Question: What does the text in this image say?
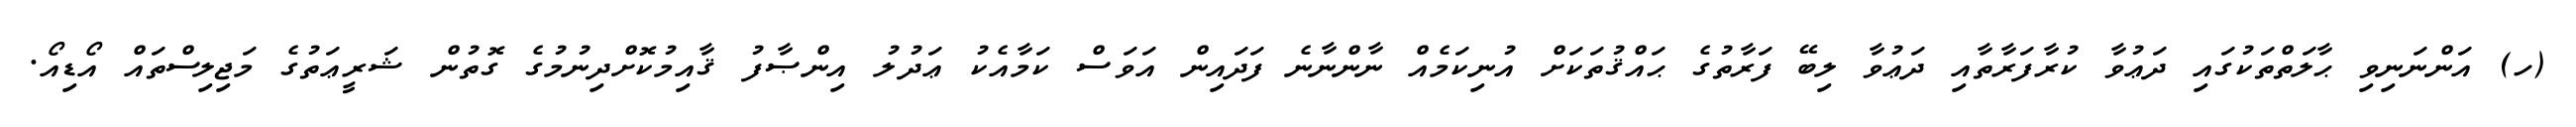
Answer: (ހ) އަންނަނިވި ޙާލަތްތަކުގައި ދަޢުވާ ކުރާފަރާތާއި ދަޢުވާ ލިބޭ ފަރާތުގެ ޙައްޤުތަކަށް އުނިކަމެއް ނާންނާނެ ފަދައިން އަވަސް ކަމާއެކު ޢަދުލު އިންޞާފު ޤާއިމުކޮށްދިނުމުގެ ގޮތުން ޝަރީޢަތުގެ މަޖިލިސްތައް އޯޑިއޯ.